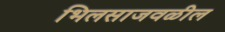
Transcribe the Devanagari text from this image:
भिलसाजवळील